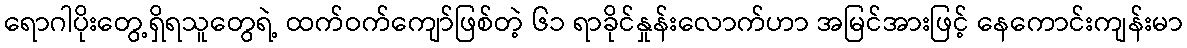
ရောဂါပိုးတွေ့ရှိရသူတွေရဲ့ ထက်ဝက်ကျော်ဖြစ်တဲ့ ၆၁ ရာခိုင်နှုန်းလောက်ဟာ အမြင်အားဖြင့် နေကောင်းကျန်းမာ